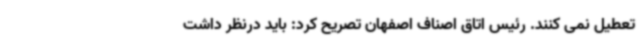
تعطیل نمی کنند. رئیس اتاق اصناف اصفهان تصریح کرد: باید درنظر داشت